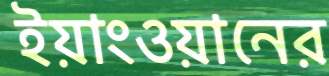
ইয়াংওয়ানের